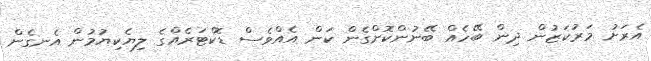
އެރަށު މަރުކަޒުން ދިން ބޭހެއް ބޭނުންކޮށްގެން ކަން އެއްވެސް ޑޮކްޓަރެއްގެ ލިޔެކިޔުމުން އެނގެން